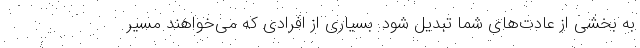
به بخشی از عادت‌های شما تبدیل شود. بسیاری از افرادی که می‌خواهند مسیر